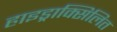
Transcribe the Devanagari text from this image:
हाइड्राक्सिलित